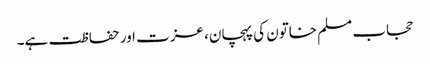
حجاب مسلم خاتون کی پہچان، عزت اور حفاظت ہے۔